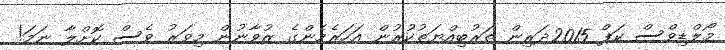
މޯލްޑިވްސް ކަޕް 2015ދަރިން ތަރުބިއްޔަތުކުރުން އަހަރެމެންގެ ޒުވާނުން މިވަރު ވެސް ކޮށްލާ ނަމަ!